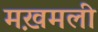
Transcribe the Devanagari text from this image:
मख़मली